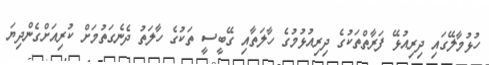
ހުޅުމާލޭގައި ދިރިއުޅޭ ފަރާތްތަކުގެ ދިރިއުޅުމުގެ ހާލަތާއި ގޭބީސީ ތަކުގެ ހާލަތު ދެނެގަތުމަށް ކުރިއަށްގެންދިޔަ